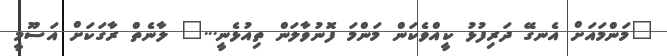
"މަންމައަށް އެނގޭ ދަރިފުޅު ކީއްވެކަން މަންމަ ފޮނުވާލަން ތިއުޅެނީ..." ލާނެތް ރާގަކަށް އަސޫމީ